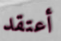
أعتقد